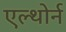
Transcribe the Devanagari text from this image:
एल्थोर्न